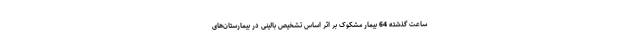
ساعت گذشته 64 بیمار مشکوک بر اثر اساس تشخیص بالینی در بیمارستان‌های